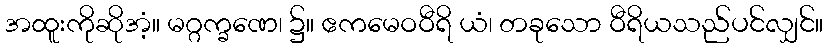
အထူးကိုဆိုအံ့။ မဂ္ဂက္ခဏေ၊ ၌။ ဧကမေဝဝီရိ ယံ၊ တခုသော ဝီရိယသည်ပင်လျှင်။